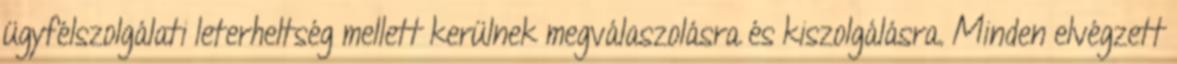
ügyfélszolgálati leterheltség mellett kerülnek megválaszolásra és kiszolgálásra. Minden elvégzett